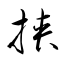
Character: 挟